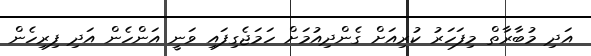
އަދި މުބާރާތް މިފަހަރު ކުރިއަށް ގެންދިއުމަށް ހަމަޖެގިފައި ވަނީ އަންހެން އަދި ފިރިހެން